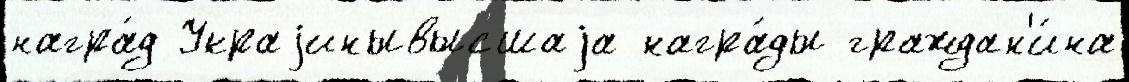
награ́д Украjинывысшаjа награ́ды граждан'и́на